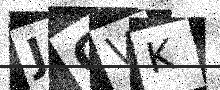
Text: JGVK